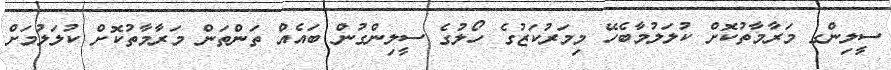
ސީލިންގ މަރާމާތުކޮށް ކުލަލުމާބެހޭ މިމަރުކަޒުގެ ހޯލުގެ ސީލިންގުން ބައެއް ތަންތަން މަރާމާތުކޮށް ކުލަލުމަށް